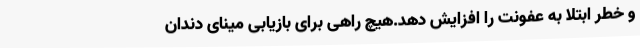
و خطر ابتلا به عفونت را افزایش دهد.هیچ راهی برای بازیابی مینای دندان